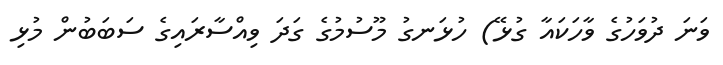
ވަނަ ދުވަހުގެ ވާހަކައާ ގުޅޭ) ހުޅަނގު މޫސުމުގެ ގަދަ ވިއްސާރައިގެ ސަބަބުން މުޅި